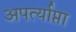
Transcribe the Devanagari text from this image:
अपर्त्याप्ता